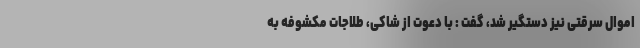
اموال سرقتی نیز دستگیر شد، گفت : با دعوت از شاکی، طلاجات مکشوفه به